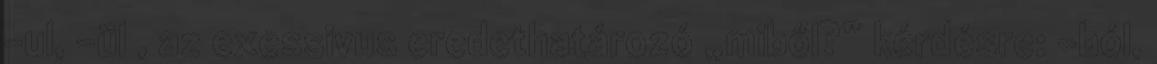
-ul, -ül , az exessivus eredethatározó „miből?” kérdésre: -ból,